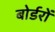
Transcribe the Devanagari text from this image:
बोर्डरों